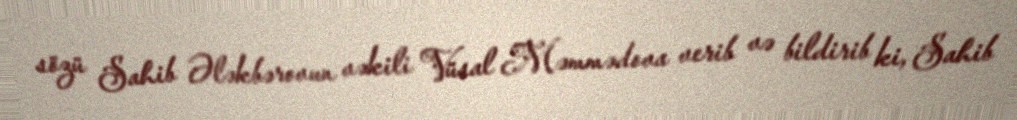
sözü Sahib Ələkbərovun vəkili Vüsal Məmmədova verib və bildirib ki, Sahib